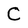
Character: C